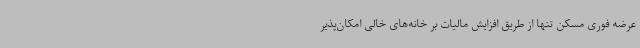
عرضه فوری مسکن تنها از طریق افزایش مالیات بر خانه‌های خالی امکان‌پذیر